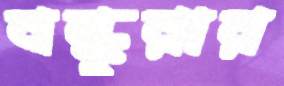
বন্ধুরার